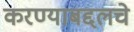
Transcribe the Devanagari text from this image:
करण्याबद्दलचे